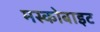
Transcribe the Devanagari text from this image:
मस्कोबाइट